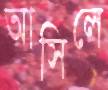
আসিলে